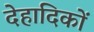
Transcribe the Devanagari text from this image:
देहादिकों